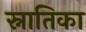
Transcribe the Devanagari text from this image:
स्नातिका